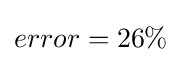
error=26\%